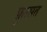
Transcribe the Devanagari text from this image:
फ़ुरसत